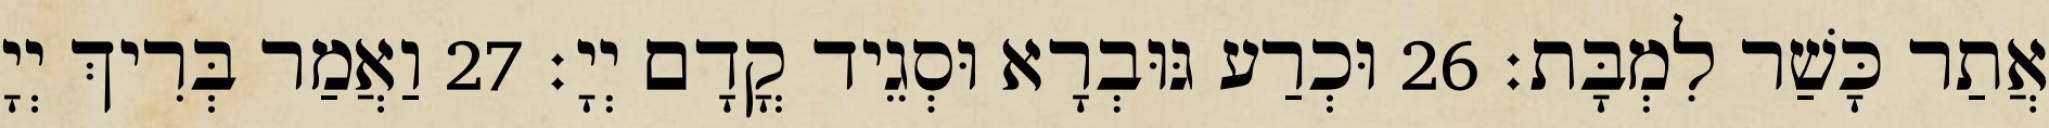
אֲתַר כָּשַׁר לִמְבָּת׃ 26 וּכְרַע גּוּבְרָא וּסְגֵיד קֳדָם יְיָ׃ 27 וַאֲמַר בְּרִיךְ יְיָ